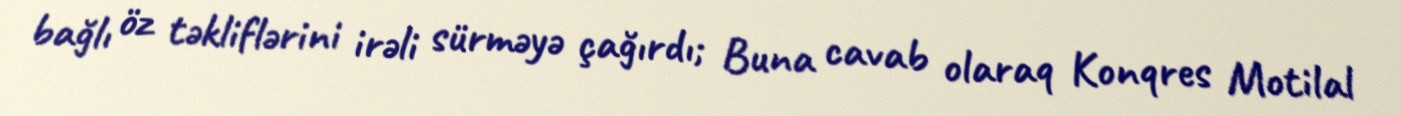
bağlı öz təkliflərini irəli sürməyə çağırdı; Buna cavab olaraq Konqres Motilal